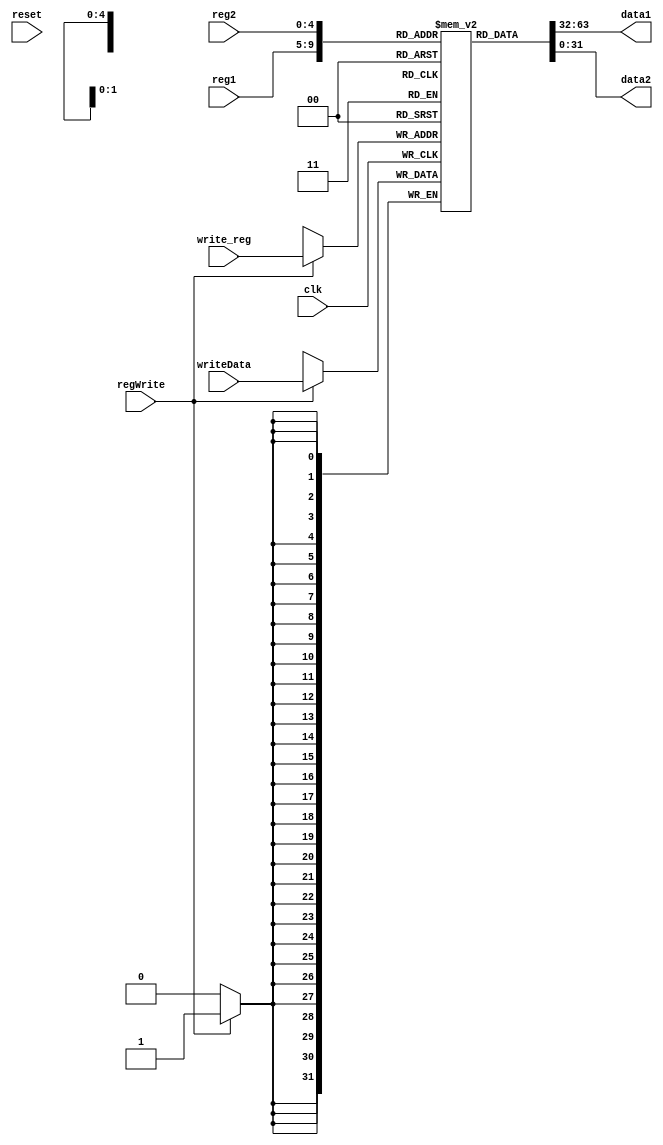
`timescale 1ns / 1ps
//////////////////////////////////////////////////////////////////////////////////
// Company: 
// Engineer: 
// 
// Design Name: 
// Module Name:    RegisterFile 
// Project Name: 
// Target Devices: 
// Tool versions: 
// Description: 
//
// Dependencies: 
//
// Revision: 
// Revision 0.01 - File Created
// Additional Comments: 
//
//////////////////////////////////////////////////////////////////////////////////

// Register File (Read / Write) 
module RegisterFile(
	input clk,
	input [4:0] reg1,
	input  [4:0] reg2,
	input [4:0]  write_reg,
	input regWrite,
	input [31:0] writeData,
	input reset,
	output reg [31:0] data1,
	output reg [31:0] data2
   );
	
	reg [31:0] rg[31:0];    // Declare 32 X 32 bit registers
		
	
 initial
		// All registers initialised to 0 if the reset bit is set
	
			begin
				rg[0] = 32'b0;  rg[1] = 32'b0; rg[2] = 32'b0; rg[3] = 32'b0; 
				rg[4] = 32'b0;  rg[5] = 32'b0; rg[6] = 32'b0; rg[7] = 32'b0; 
				rg[8] = 32'b0;  rg[9] = 32'b0; rg[10] = 32'b0; rg[11] = 32'b0; 
				rg[12] = 32'b0;  rg[13] = 32'b0; rg[14] = 32'b0; rg[15] = 32'b0; 
				rg[16] = 32'b0;  rg[17] = 32'b0; rg[18] = 32'b0; rg[19] = 32'b0; 
				rg[20] = 32'b0;  rg[21] = 32'b0; rg[22] = 32'b0; rg[23] = 32'b0; 
				rg[24] = 32'b0;  rg[25] = 32'b0; rg[26] = 32'b0; rg[27] = 32'b0; 
				rg[28] = 32'b0;  rg[29] = 32'b0; rg[30] = 32'b0; rg[31] = 32'b0; 
			end
	
		always @(*)
		begin
		// Read data 
			data1 = rg[reg1];
			data2 = rg[reg2]; 
		end

	
	always @(posedge clk)  
	begin
		if(regWrite) 		// Write data
			rg[write_reg] = writeData;
	end

endmodule